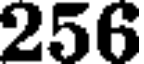
256